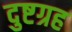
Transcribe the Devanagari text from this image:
दुष्टग्रह